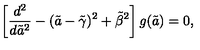
\left[ { \frac { d ^ { 2 } } { d { \tilde { a } } ^ { 2 } } } - ( \tilde { a } - { \tilde { \gamma } } ) ^ { 2 } + { \tilde { \beta } } ^ { 2 } \right] g ( \tilde { a } ) = 0 ,